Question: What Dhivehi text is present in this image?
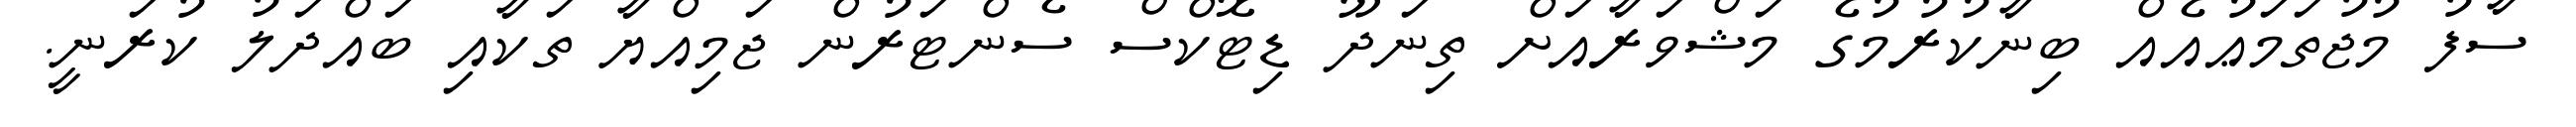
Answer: ސާފު މުޖުތަމަޢުއެއް ބިނާކުރުމުގެ މަޝްވަރާއަށް ތިނަދޫ ޑިޓޮކްސް ސެންޓަރުން ޖަމިއްޔާ ތަކާއި ބައްދަލު ކުރަނީ.